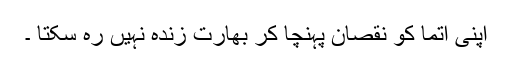
اپنی آتما کو نقصان پہنچا کر بھارت زندہ نہیں رہ سکتا ۔